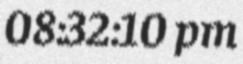
08:32:10 pm